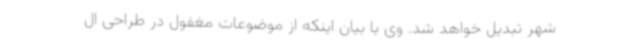
شهر تبدیل خواهد شد. وی با بیان اینکه از موضوعات مغفول در طراحی ال